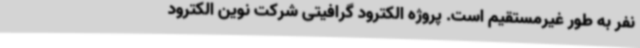
نفر به طور غیرمستقیم است. پروژه الکترود گرافیتی شرکت نوین الکترود